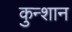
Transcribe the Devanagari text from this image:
कुन्शान